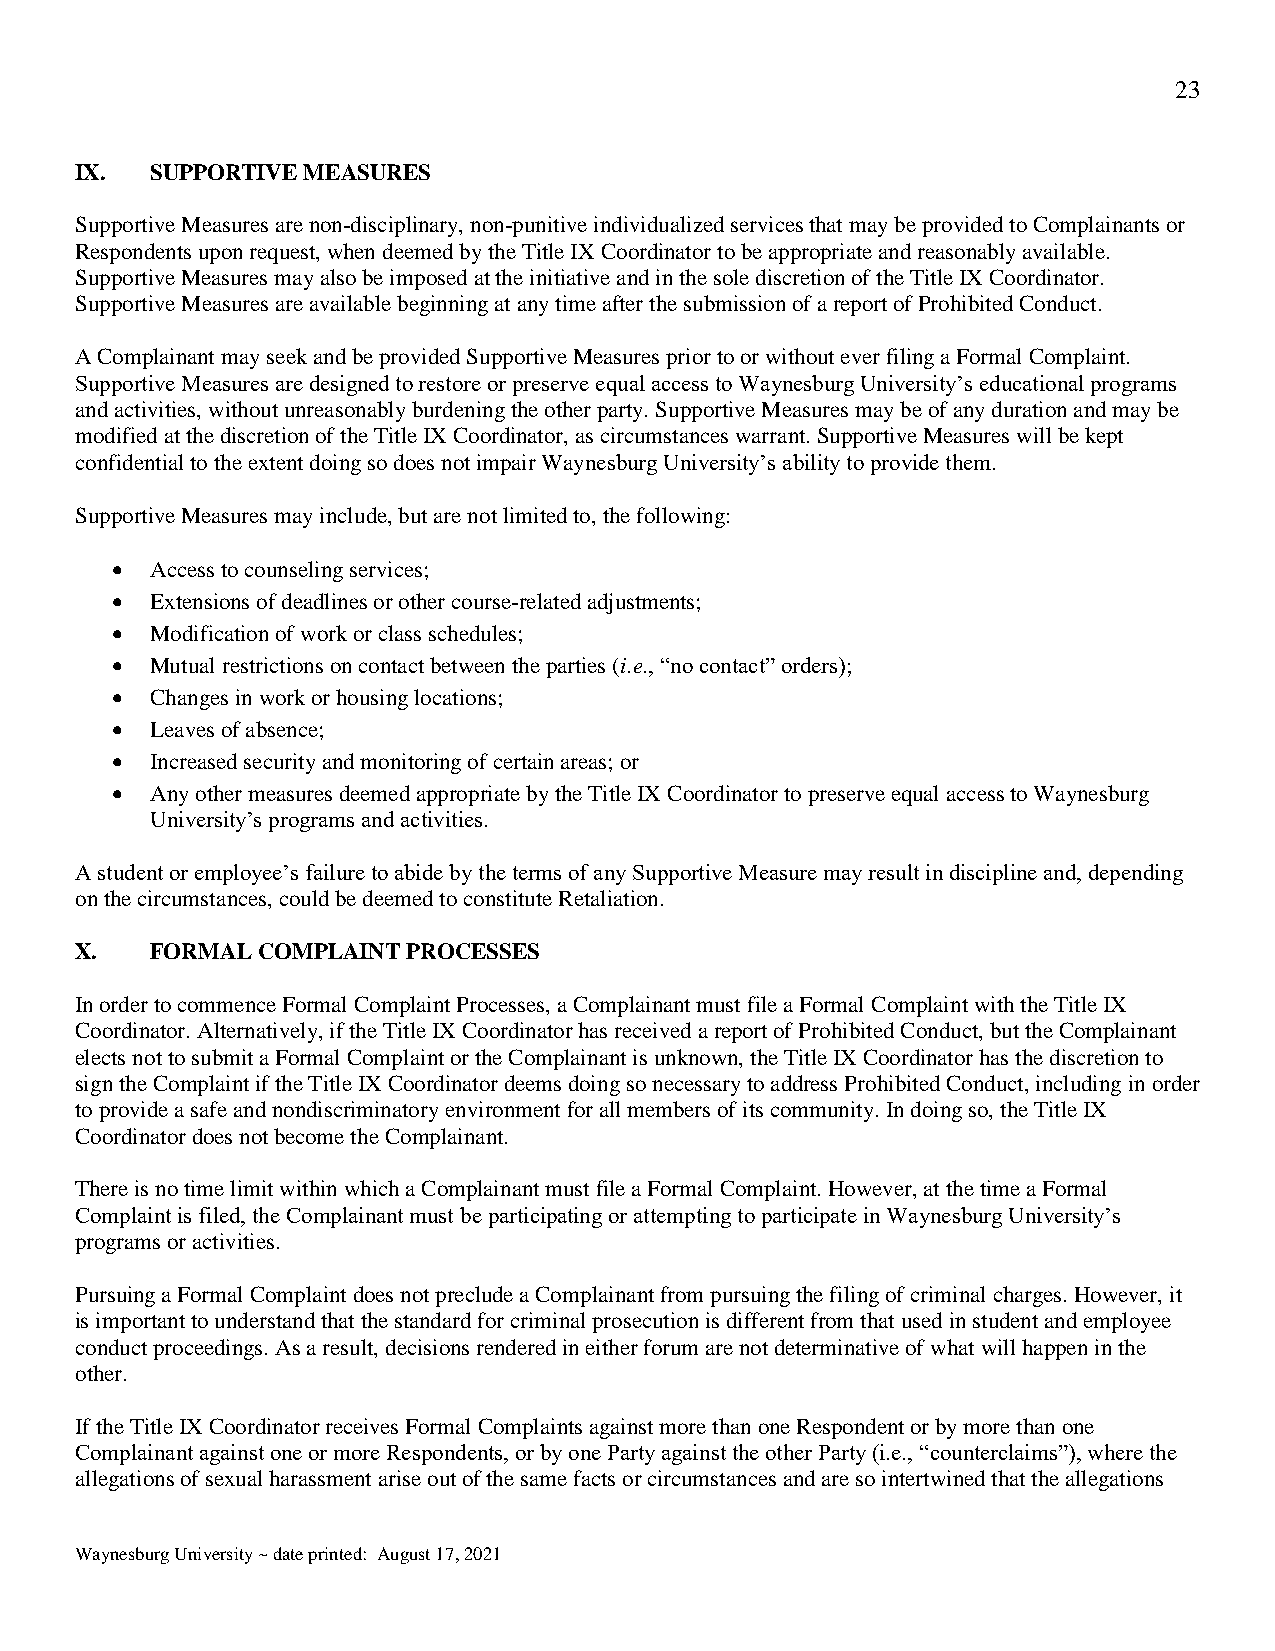
23
 IX.  SUPPORTIVE MEASURES
 Supportive Measures are non-disciplinary, non-punitive individualized services that may be provided to Complainants or
 Respondents upon request, when deemed by the Title IX Coordinator to be appropriate and reasonably available.
 Supportive Measures may also be imposed at the initiative and in the sole discretion of the Title IX Coordinator.
 Supportive Measures are available beginning at any time after the submission of a report of Prohibited Conduct.
 A Complainant may seek and be provided Supportive Measures prior to or without ever filing a Formal Complaint.
 Supportive Measures are designed to restore or preserve equal access to Waynesburg University’s educational programs
 and activities, without unreasonably burdening the other party. Supportive Measures may be of any duration and may be
 modified at the discretion of the Title IX Coordinator, as circumstances warrant. Supportive Measures will be kept
 confidential to the extent doing so does not impair Waynesburg University’s ability to provide them.
 Supportive Measures may include, but are not limited to, the following:
   Access to counseling services;
   Extensions of deadlines or other course-related adjustments;
   Modification of work or class schedules;
   Mutual restrictions on contact between the parties (i.e., “no contact” orders);
   Changes in work or housing locations;
   Leaves of absence;
   Increased security and monitoring of certain areas; or
   Any other measures deemed appropriate by the Title IX Coordinator to preserve equal access to Waynesburg
 University’s programs and activities.
 A student or employee’s failure to abide by the terms of any Supportive Measure may result in discipline and, depending
 on the circumstances, could be deemed to constitute Retaliation.
 X.   FORMAL COMPLAINT PROCESSES
 In order to commence Formal Complaint Processes, a Complainant must file a Formal Complaint with the Title IX
 Coordinator. Alternatively, if the Title IX Coordinator has received a report of Prohibited Conduct, but the Complainant
 elects not to submit a Formal Complaint or the Complainant is unknown, the Title IX Coordinator has the discretion to
 sign the Complaint if the Title IX Coordinator deems doing so necessary to address Prohibited Conduct, including in order
 to provide a safe and nondiscriminatory environment for all members of its community. In doing so, the Title IX
 Coordinator does not become the Complainant.
 There is no time limit within which a Complainant must file a Formal Complaint. However, at the time a Formal
 Complaint is filed, the Complainant must be participating or attempting to participate in Waynesburg University’s
 programs or activities.
 Pursuing a Formal Complaint does not preclude a Complainant from pursuing the filing of criminal charges. However, it
 is important to understand that the standard for criminal prosecution is different from that used in student and employee
 conduct proceedings. As a result, decisions rendered in either forum are not determinative of what will happen in the
 other.
 If the Title IX Coordinator receives Formal Complaints against more than one Respondent or by more than one
 Complainant against one or more Respondents, or by one Party against the other Party (i.e., “counterclaims”), where the
 allegations of sexual harassment arise out of the same facts or circumstances and are so intertwined that the allegations
 Waynesburg University ~ date printed: August 17, 2021